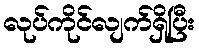
လုပ်ကိုင်လျက်ရှိပြီး